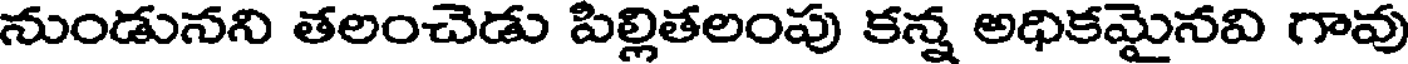
నుండునని తలంచెడు పిల్లితలంపు కన్న అధికమైనవి గావు